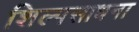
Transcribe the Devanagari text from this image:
शिल्पसाधना